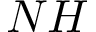
N H